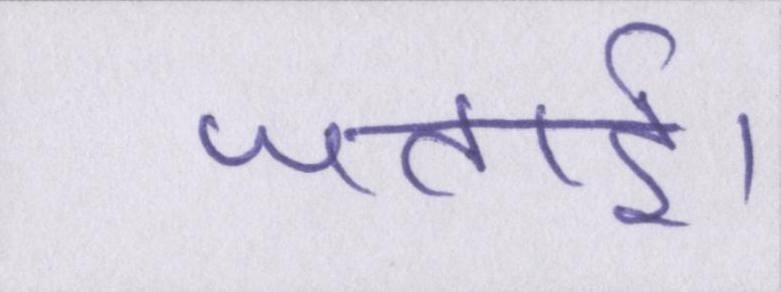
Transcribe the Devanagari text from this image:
जताई।